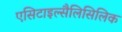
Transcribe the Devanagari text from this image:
एसिटाइल्सैलिसिलिक